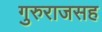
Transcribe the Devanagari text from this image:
गुरुराजसह